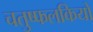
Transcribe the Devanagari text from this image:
चतुष्फलकियों